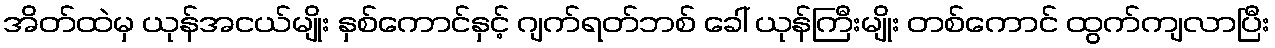
အိတ်ထဲမှ ယုန်အငယ်မျိုး နှစ်ကောင်နှင့် ဂျက်ရတ်ဘစ် ခေါ် ယုန်ကြီးမျိုး တစ်ကောင် ထွက်ကျလာပြီး